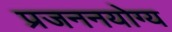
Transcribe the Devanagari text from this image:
प्रजननयोग्य